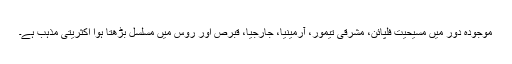
موجودہ دور میں مسیحیت فلپائن، مشرقی تیمور، آرمینیا، جارجیا، قبرص اور روس میں مسلسل بڑھتا ہوا اکثریتی مذہب ہے۔